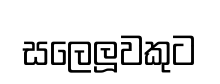
සලෙලූවකුට